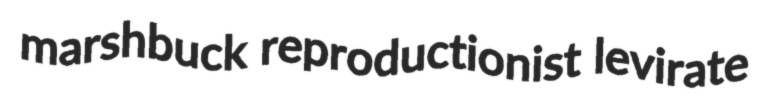
marshbuck reproductionist levirate